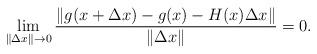
LaTeX: \begin{align*}\lim_{\|\Delta x\| \rightarrow 0} \frac{\|g(x+\Delta x) - g(x)-H(x)\Delta x\|}{\|\Delta x\|} = 0.\end{align*}